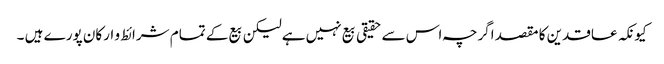
کیونکہ عاقدین کا مقصد اگرچہ اس سے حقیقی بیع نہیں ہےلیکن بیع کے تمام شرائط و ارکان پورے ہیں ۔